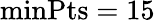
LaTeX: \mathrm{minPts}=15